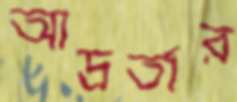
আদ্রর্তার